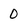
Character: 0